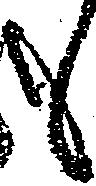
も